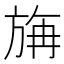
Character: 㫋